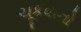
ચૂકવાનો